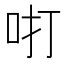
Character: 咑